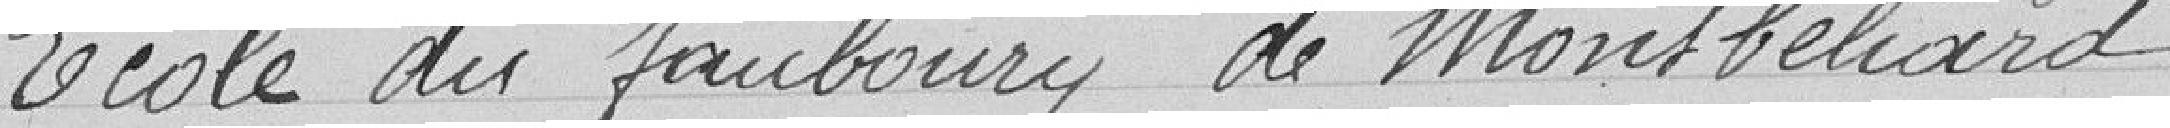
Ecole du faubourg de Montbéliard